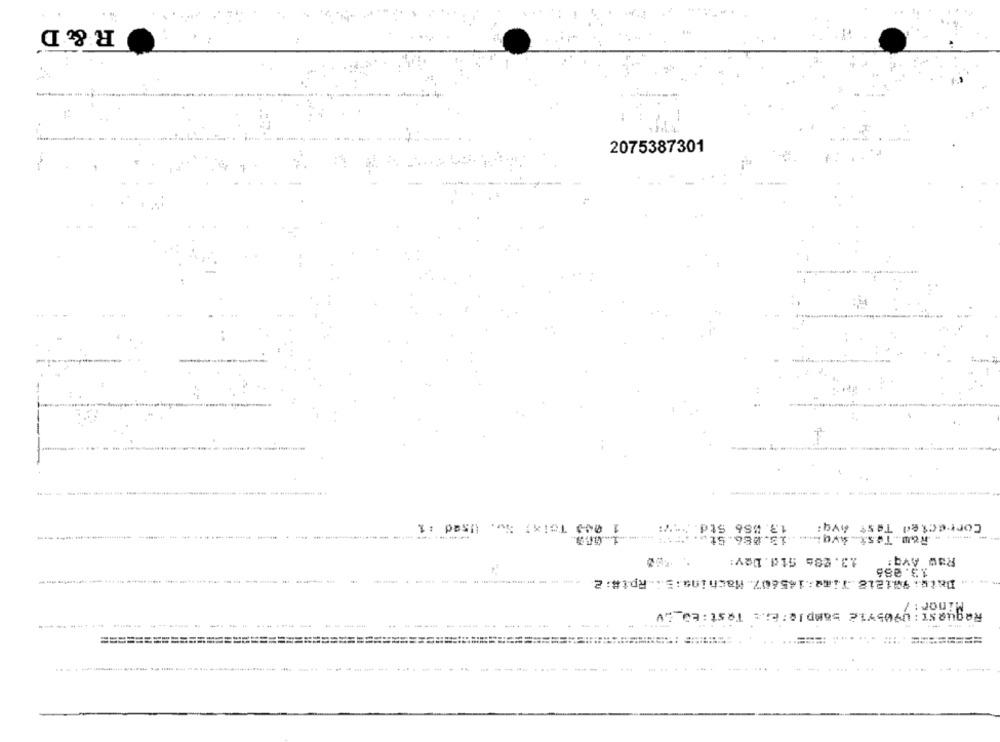
R & D
2075387301
-
1 045 Teixy Su. Used : 1
13.856 Std. :- 7:
Corrected Test Avq:
--------- ----
...... W80.Test.AVqL .... 13.086.5t ... "
13. 286 Std. Dev:
13.086
Date: 901218 Time:165607. Machina: E: Rpt#:2
Minor : /
Request : 0905712 sample: E ;.: Test : ED __ V
-- --
----
....
====================================